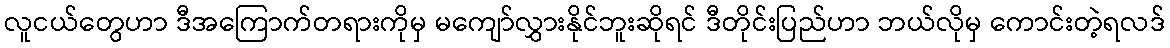
လူငယ်တွေဟာ ဒီအကြောက်တရားကိုမှ မကျော်လွှားနိုင်ဘူးဆိုရင် ဒီတိုင်းပြည်ဟာ ဘယ်လိုမှ ကောင်းတဲ့ရလဒ်